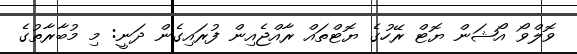
ވޮލްވޯ އޯޝަން ޔޮޓް ރޭހުގެ ޔޮޓްތައް ރާއްޖެއިން ފުރައިގެން ދަނީ: މި މުބާރާތުގެ